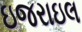
ઇજરાઇલ